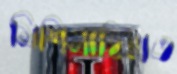
মিশিমাহিম্মত